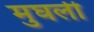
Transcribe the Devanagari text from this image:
मुघली